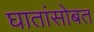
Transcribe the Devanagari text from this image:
घातांसोबत